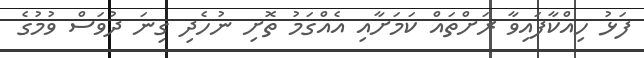
ފަޅު ހިއްކާފައިވާ ރަށްތައް ކަމަށާއި އެއްގަމު ތޮށި ނުހެދި ގިނަ ދުވަސް ވުމުގެ